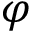
\varphi